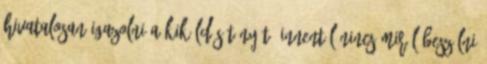
hivatalosan igazolni a kiküldés tényét. Innentől nincs miről beszélni